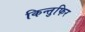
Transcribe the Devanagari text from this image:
किन्तुफिर